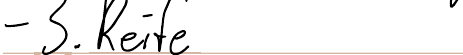
- 3. Reife